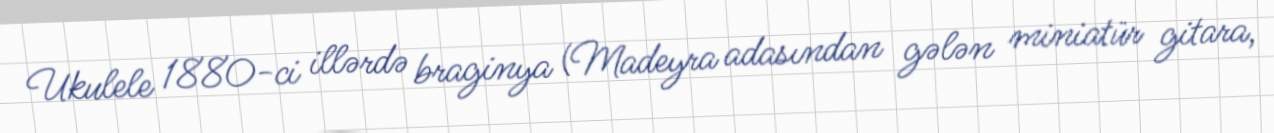
Ukulele 1880-ci illərdə braginya (Madeyra adasından gələn miniatür gitara,